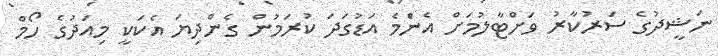
ނަޝީދުގެ ސަރުކާރު ވަށްޓާލުމަށް އެނެްމެ އަޑުގަދަ ކުރަމުން ގެންދިޔަ އެކަކީ މިއަދުގެ ހޯމް